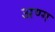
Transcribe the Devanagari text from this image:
अण्ग